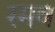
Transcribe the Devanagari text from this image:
रमव